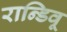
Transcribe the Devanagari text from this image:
रान्डिवू